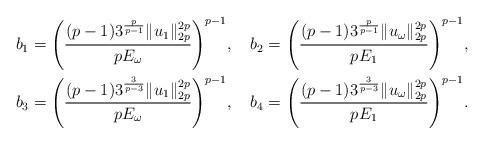
\begin{align*}&b_{1}=\Bigg(\frac{(p-1)3^{\frac{p}{p-1}}\|u_{1}\|_{2p}^{2p}}{pE_{\omega}}\Bigg)^{p-1},\ \ \ b_{2}=\Bigg(\frac{(p-1)3^{\frac{p}{p-1}}\|u_{\omega}\|_{2p}^{2p}}{pE_{1}}\Bigg)^{p-1},\\&b_{3}=\Bigg(\frac{(p-1)3^{\frac{3}{p-3}}\|u_{1}\|_{2p}^{2p}}{pE_{\omega}}\Bigg)^{p-1},\ \ \ b_{4}=\Bigg(\frac{(p-1)3^{\frac{3}{p-3}}\|u_{\omega}\|_{2p}^{2p}}{pE_{1}}\Bigg)^{p-1}.\end{align*}